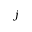
j